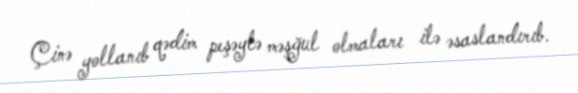
Çinə yollanıb qədim peşəylə məşğul olmaları ilə əsaslandırıb.